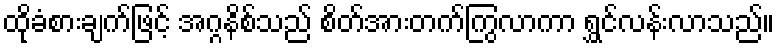
ထိုခံစားချက်ဖြင့် အဂ္ဂနိစ်သည် စိတ်အားတက်ကြွလာကာ ရွှင်လန်းလာသည်။